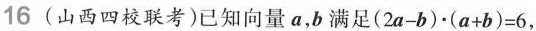
16 (山西四校联考)已知向量a，b满足$$( 2 a - b ) - ( a + b ) = 6$$，